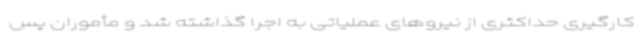
کارگیری حداکثری از نیروهای عملیاتی به اجرا گذاشته شد و مأموران پس